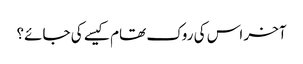
آخر اس کی روک تھام کیسے کی جائے؟